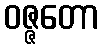
ဝဇ္ဇတော